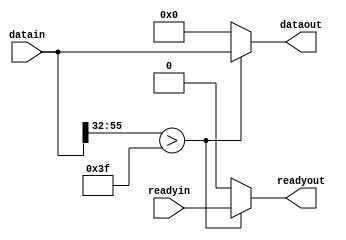
module datafilter (
datain, readyin, dataout, readyout
);

input [63:0] datain;
input readyin;

output [63:0] dataout;
output readyout;

wire [63:0] dataout;
wire readyout;

parameter [23:0]constant = 63;

assign dataout = (datain[55:32] > constant)?datain:0;
assign readyout = (datain[55:32] > constant)?readyin:0;

endmodule